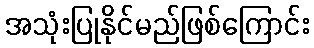
အသုံးပြုနိုင်မည်ဖြစ်ကြောင်း